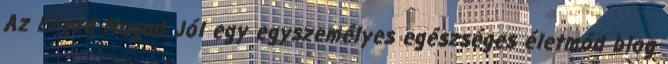
Az Érezd Magad Jól egy egyszemélyes egészséges életmód blog